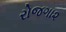
રોજગા૨